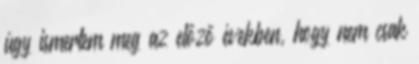
úgy ismertem meg az előző években, hogy nem csak